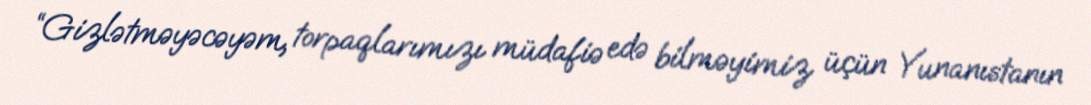
“Gizlətməyəcəyəm, torpaqlarımızı müdafiə edə bilməyimiz üçün Yunanıstanın